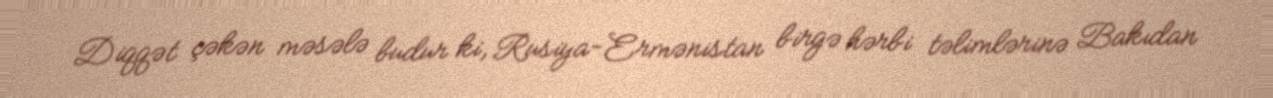
Diqqət çəkən məsələ budur ki, Rusiya-Ermənistan birgə hərbi təlimlərinə Bakıdan